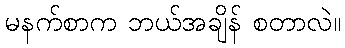
မနက်စာက ဘယ်အချိန် စတာလဲ။